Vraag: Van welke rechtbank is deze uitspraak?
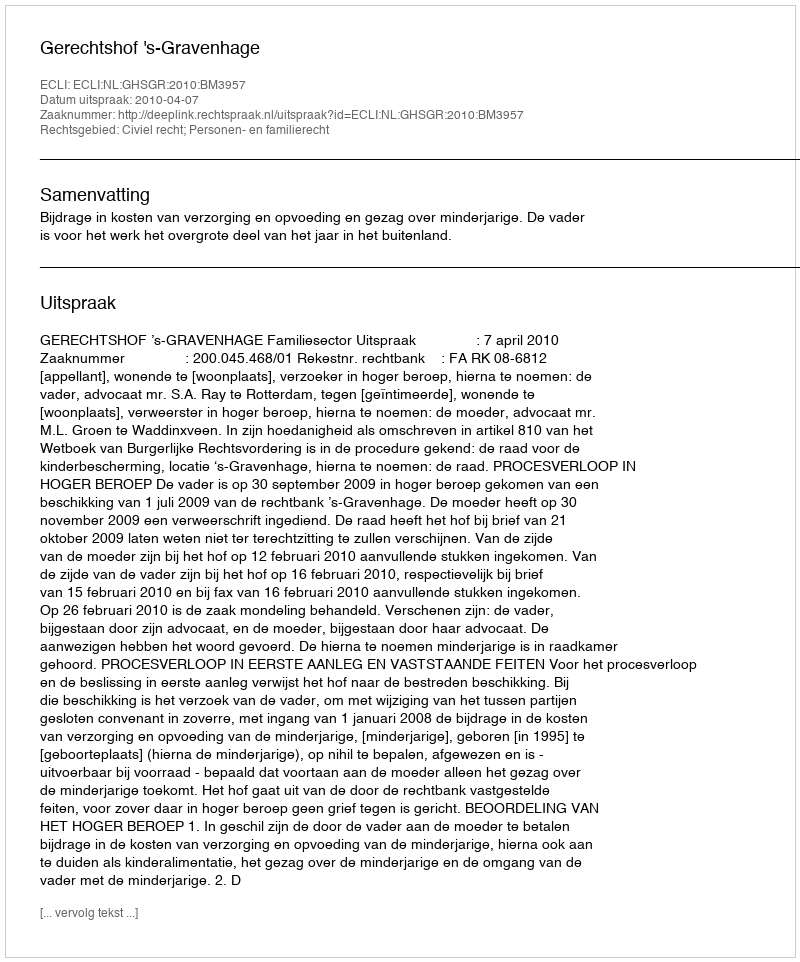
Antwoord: Gerechtshof 's-Gravenhage